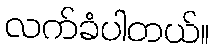
လက်ခံပါတယ်။